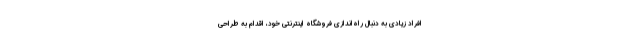
افراد زیادی به دنبال راه‌اندازی فروشگاه اینترنتی خود، اقدام به طراحی